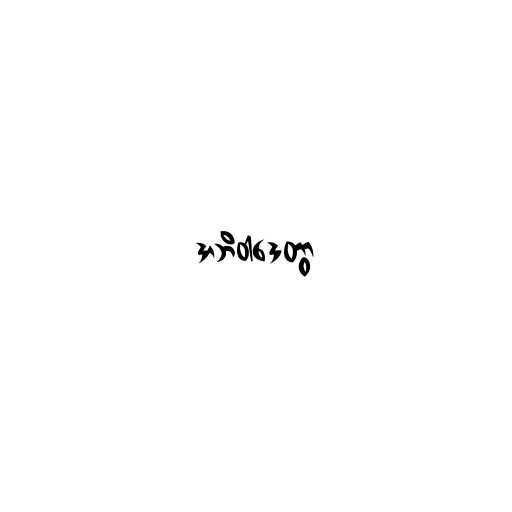
အဘိဝါဒေတွာ